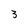
Character: 3